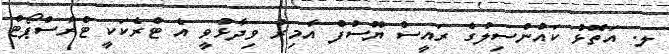
ލ. އަތޮޅު ކައުންސިލުގެ ރައީސް ޔޫސުފް އާމިރު ވިދާޅުވީ އެ ޓްރެކަކީ ޓްރާސްޕޯޓް